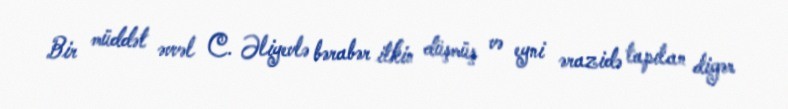
Bir müddət əvvəl C. Əliyevlə bərabər itkin düşmüş və eyni ərazidə tapılan digər